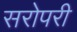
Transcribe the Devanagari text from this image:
सरोपरी